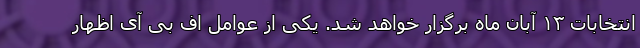
انتخابات ۱۳ آبان ماه برگزار خواهد شد. یکی از عوامل اف بی آی اظهار